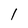
Character: l